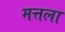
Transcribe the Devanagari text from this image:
मत्तला